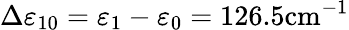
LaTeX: \Delta\varepsilon_{10}=\varepsilon_{1}-\varepsilon_{0}=126.5\mathrm{cm}^{-1}